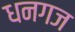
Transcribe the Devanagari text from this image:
धनगज